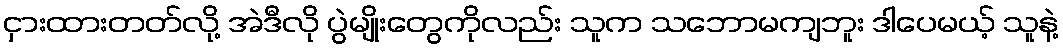
ငှားထားတတ်လို့ အဲဒီလို ပွဲမျိုးတွေကိုလည်း သူက သဘောမကျဘူး ဒါပေမယ့် သူနဲ့